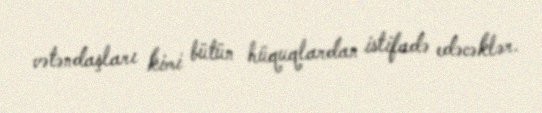
vətəndaşları kimi bütün hüquqlardan istifadə edəcəklər.